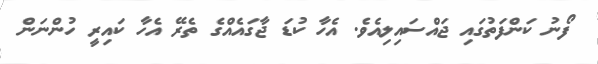
ފޯނު ކަންފަތުގައި ޖައްސައިލިއެވެ. އެހާ ކުޑަ ޖާގައެއްގެ ތެރޭ އެހާ ކައިރީ ހުންނަން